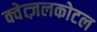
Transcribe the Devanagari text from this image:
क्वेत्ज़लकोटल